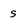
Character: S